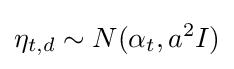
\eta _{t,d}\sim N(\alpha _{t},a^{2}I)